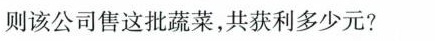
则该公司售这批蔬菜，共获利多少元?